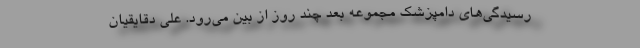
رسیدگی‌های دامپزشک مجموعه بعد چند روز از بین می‌رود. علی دقایقیان